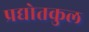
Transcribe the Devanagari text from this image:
प्रद्योतकुल